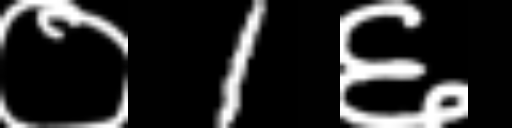
Text: ०1६